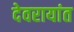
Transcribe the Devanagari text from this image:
देवरायांत